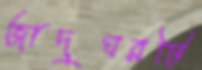
জাদুঘরটি